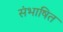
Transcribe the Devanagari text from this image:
संभाषित